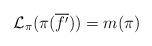
LaTeX: \begin{align*}\mathcal{L}_{\pi}(\pi(\overline{f'}))=m(\pi)\end{align*}